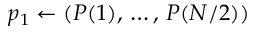
p _ { 1 } \gets ( P ( 1 ) , \, \dots , \, P ( N / 2 ) )